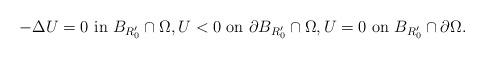
LaTeX: \begin{align*}-\Delta U=0\ \mbox{in $B_{R_0'}\cap\Omega$},U<0\ \mbox{on $\partial B_{R_0'}\cap\Omega$},U=0\ \mbox{on $B_{R_0'}\cap\partial\Omega$}. \end{align*}